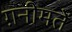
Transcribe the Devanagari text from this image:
ग़नीमतें